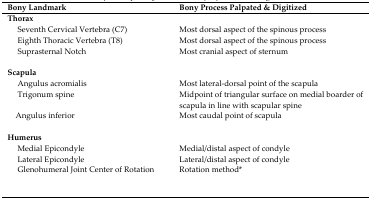
| Bony Landmark | Bony Process Palpated & Digitized |
 | --- | --- |
 | <COLSPAN=2> Thorax |
 | Seventh Cervical Vertebra (C7) | Most dorsal aspect of the spinous process |
 | Eighth Thoracic Vertebra (T8) | Most dorsal aspect of the spinous process |
 | Suprasternal Notch | Most cranial aspect of sternum |
 | <COLSPAN=2> Scapula |
 | Angulus acromialis | Most lateral-dorsal point of the scapula |
 | Trigonum spine | Midpoint of triangular surface on medial boarder of scapula in line with scapular spine |
 | Angulus inferior | Most caudal point of scapula |
 | <COLSPAN=2> Humerus |
 | Medial Epicondyle | Medial/distal aspect of condyle |
 | Lateral Epicondyle | Lateral/distal aspect of condyle |
 | Glenohumeral Joint Center of Rotation | Rotation method* |